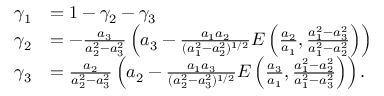
\begin{array} { r l } { \gamma _ { 1 } } & { = 1 - \gamma _ { 2 } - \gamma _ { 3 } } \\ { \gamma _ { 2 } } & { = - \frac { a _ { 3 } } { a _ { 2 } ^ { 2 } - a _ { 3 } ^ { 2 } } \left( a _ { 3 } - \frac { a _ { 1 } a _ { 2 } } { ( a _ { 1 } ^ { 2 } - a _ { 2 } ^ { 2 } ) ^ { 1 / 2 } } E \left( \frac { a _ { 2 } } { a _ { 1 } } , \frac { a _ { 1 } ^ { 2 } - a _ { 3 } ^ { 2 } } { a _ { 1 } ^ { 2 } - a _ { 2 } ^ { 2 } } \right) \right) } \\ { \gamma _ { 3 } } & { = \frac { a _ { 2 } } { a _ { 2 } ^ { 2 } - a _ { 3 } ^ { 2 } } \left( a _ { 2 } - \frac { a _ { 1 } a _ { 3 } } { ( a _ { 2 } ^ { 2 } - a _ { 3 } ^ { 2 } ) ^ { 1 / 2 } } E \left( \frac { a _ { 3 } } { a _ { 1 } } , \frac { a _ { 1 } ^ { 2 } - a _ { 2 } ^ { 2 } } { a _ { 1 } ^ { 2 } - a _ { 3 } ^ { 2 } } \right) \right) . } \end{array}